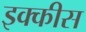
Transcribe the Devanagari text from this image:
इक्‍कीस